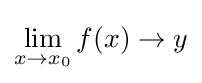
\lim _{x\to x_{0}}f(x)\to y